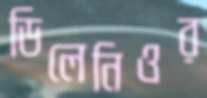
ডিলেনিওর